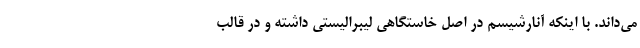
می‌داند. با اینکه آنارشیسم در اصل خاستگاهی لیبرالیستی داشته و در قالب